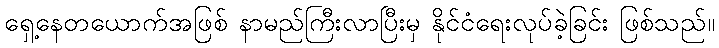
ရှေ့နေတယောက်အဖြစ် နာမည်ကြီးလာပြီးမှ နိုင်ငံရေးလုပ်ခဲ့ခြင်း ဖြစ်သည်။